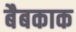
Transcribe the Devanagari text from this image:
बैबकाक